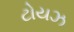
ટોયઝ